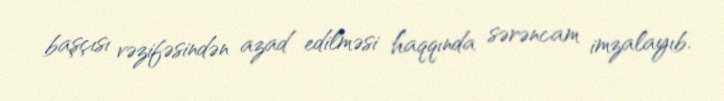
başçısı vəzifəsindən azad edilməsi haqqında sərəncam imzalayıb.